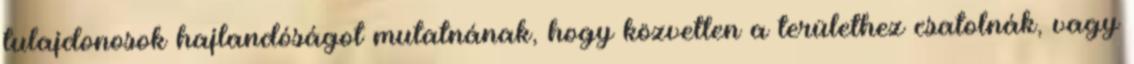
tulajdonosok hajlandóságot mutatnának, hogy közvetlen a területhez csatolnák, vagy